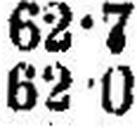
62•0